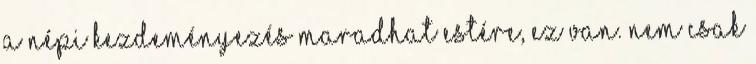
a népi kezdeményezés maradhat estére, ez van. Nem csak